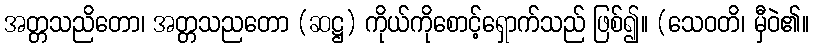
အတ္တသညိတော၊ အတ္တသညတော (ဆဋ္ဌ) ကိုယ်ကိုစောင့်ရှောက်သည် ဖြစ်၍။ (သေဝတိ၊ မှီဝဲ၏။